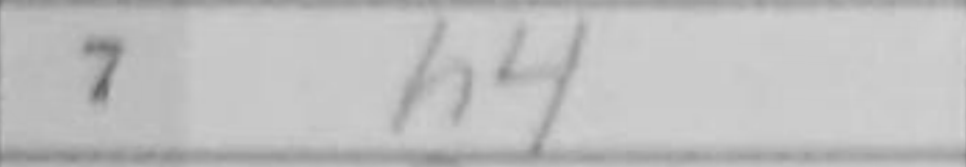
Transcription: h4